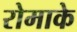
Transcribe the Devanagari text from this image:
रोमाके